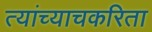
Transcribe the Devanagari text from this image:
त्यांच्याचकरिता